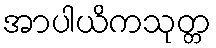
အာပါယိကသုတ္တ